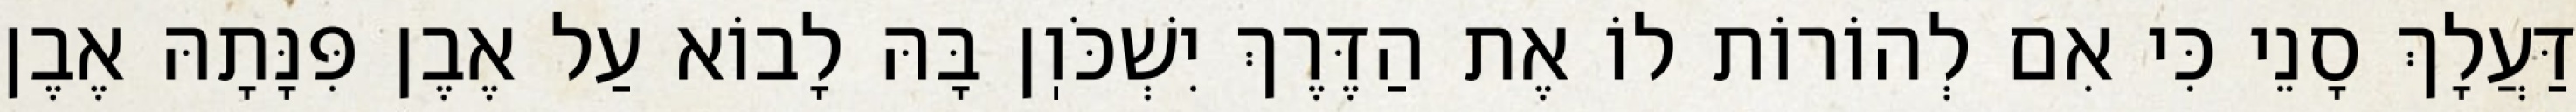
דַּעֲלָךְ סָנֵי כִּי אִם לְהוֹרוֹת לוֹ אֶת הַדֶּרֶךְ יִשְׁכֹּוֽן בָּהּ לָבוֹא עַל אֶבֶן פִּנָּתָהּ אֶבֶן